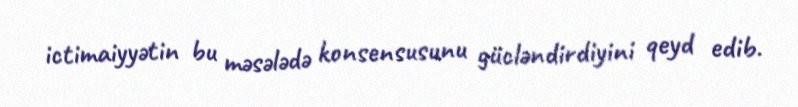
ictimaiyyətin bu məsələdə konsensusunu gücləndirdiyini qeyd edib.